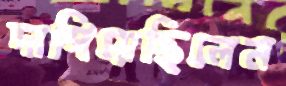
দাপিয়েছিলেন